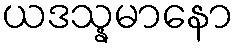
ယဒသ္နမာနော